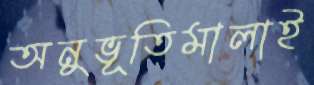
অনুভূতিমালাই